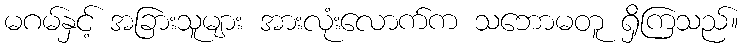
မဂမ်နှင့် အခြားသူများ အားလုံးလောက်က သဘောမတူ ရှိကြသည်။